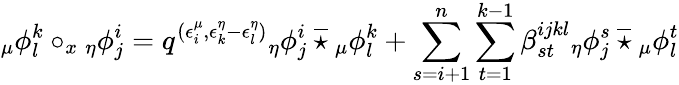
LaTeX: {_{\mu}\phi_{l}^{k}}\circ_{x}{_{\eta}\phi_{j}^{i}}=q^{(\epsilon_{i}^{\mu},\epsilon_{k}^{\eta}-\epsilon_{l}^{\eta})}{_{\eta}\phi_{j}^{i}}\: \overline{{\star}}\: {_{\mu}\phi_{l}^{k}}+\sum_{s=i+1}^{n}\sum_{t=1}^{k-1}\beta_{st}^{ijkl}{_{\eta}\phi_{j}^{s}}\: \overline{{\star}}\: {_{\mu}\phi_{l}^{t}}